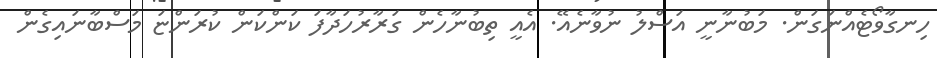
ހިނގާވޯޓެއްނަގަން. މަބުނާނީ އަސްލު ނުވާނެއޭ. އެއީ ތިބުނާހެން ގަރާރުހަދާފަ ކަންކަން ކުރަންޏަ މަސްބާނައިގެން